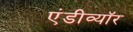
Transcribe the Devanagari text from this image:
एंडीव्यॉर